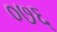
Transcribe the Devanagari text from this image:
०७६